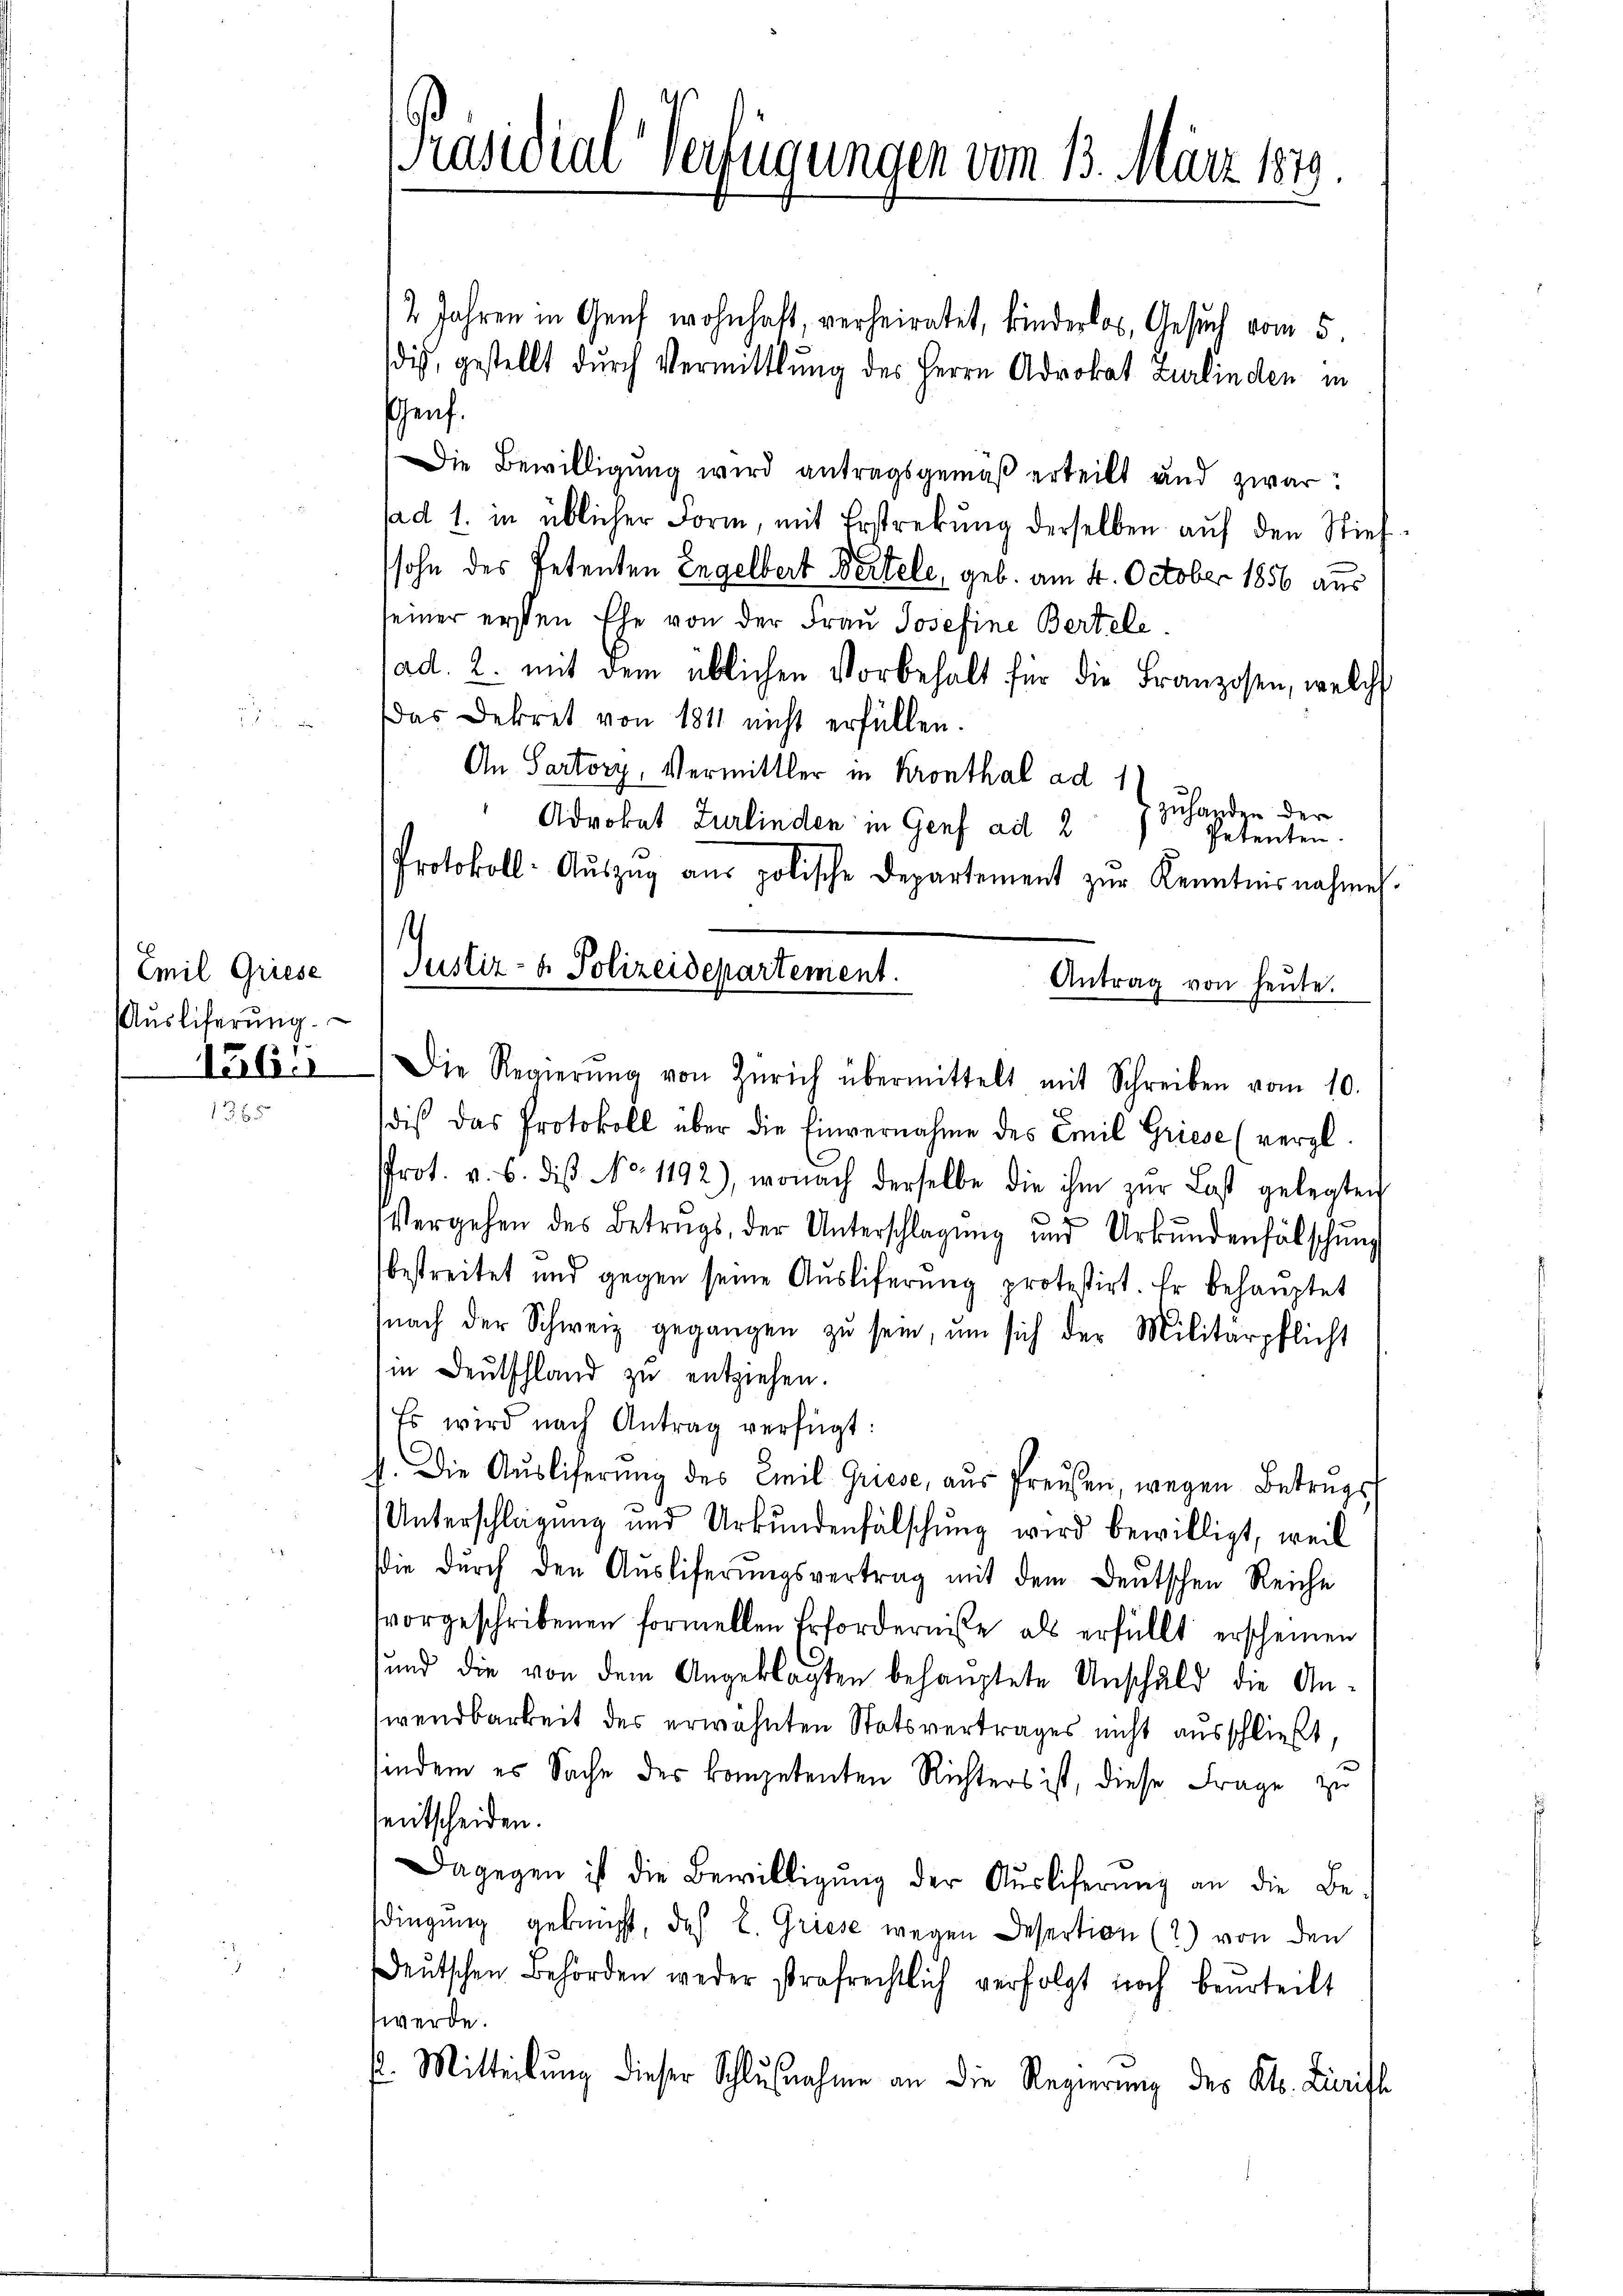
Emil Griese
Auslieferung.
1261

Präsidial-Verfügungen vom 13. März 1879.

2 Jahren in Genf wohnhaft, verheiratet, kinderlos, Gesuch vom 5.
dis, gestellt durch Vermittlung des Herrn Advokat Zurlinden in
Genf.
Die Bewilligung wird antragsgemäß erteilt und zwar:
ad 1. in üblicher Form, mit Erstrekŭng derselben auf den Stief
sohn des Petenten Engelbert Bertele, geb. am 4. October 1856 aus
seiner ersten Ehe von der Frau Josefine Bertele
ad. 2. mit dem üblichen Vorbehalt für die Franzosen, welch
das Dekret von 1811 nicht erfüllen.
An Sartory, Vermittler in Kronthal ad 1
zuhanden der
Advokat Zurlinden in Genf ad 2
Petenten.
Die Regierŭng von Zürich übermittelt mit Schreiben vom 10.
dis das Protokoll über die Einvernahme des Emil Griese (vergl.
Prot. v. 6. diβ No. 1192), wonach derselbe die ihm zŭr Last gelegten
t
Vergehen des Betrags, der Unterschlagung und Urkundenfälschŭng
bestreitet und gegen seine Aŭsliferŭng protestirt Er behauptet
snach der Schweiz gegangen zu sein, um sich der Militärpflicht
in Deutschland zu entziehen.
Es wird nach Antrag verfügt:
b. Die Aŭsliferŭng des Emil Griese, aŭs Preŭβen wegen Betrags
Unterschlagung und Urkundenfälschung wird bewilligt, weil
die dŭrch den Aŭsliferŭngsvertrag mit dem deŭtschen Reiche
vorgeschribenen formellen Erforderniße als erfüllt erscheinen
und die von dem Angeklagten behauptete Anschuld die An-
wendbarkeit des erwähnten Statsvertrages nicht ausschließt,
indem es Sache der kompetenten Richters ist, diese Frage zu
sentscheiden.
Dagegen ist die Bewilligŭng der Aŭsliferung an die Be-
dingung gekauft, das L. Griese wegen Desertion (2) von den
deŭtschen Behörden weder strafrechtlich verfolgt noch beurteilt
werde.
E. Mitteilŭng dieser Schlŭsnahme an die Regierŭng des Kts. Zurift

Protokoll: Aŭszŭg aŭs polische Departement zŭr Kenntnisnahme.
¬
Justiz- & Polizeidepartement.
Antrag von heute.